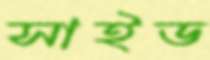
সাইড